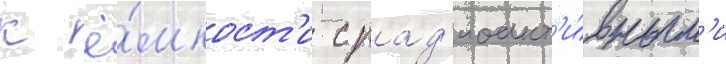
к ё́мкост'и с рад'иоакт'и́вным'и